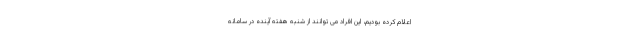
اعلام کرده بودیم، این افراد می توانند از شنبه هفته آینده در سامانه